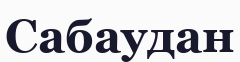
Сабаудан